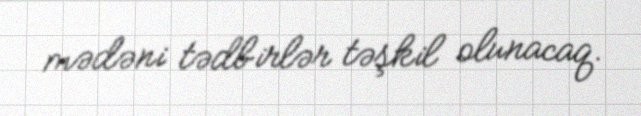
mədəni tədbirlər təşkil olunacaq.